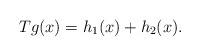
\begin{align*} Tg(x)= h_{1}(x)+h_{2}(x). \end{align*}